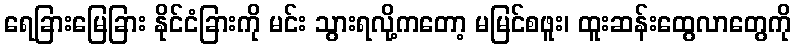
ရေခြားမြေခြား နိုင်ငံခြားကို မင်း သွားရလို့ကတော့ မမြင်စဖူး၊ ထူးဆန်းထွေလာတွေကို